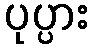
ပုပ္ပား